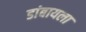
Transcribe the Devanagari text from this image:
डांबायला